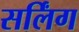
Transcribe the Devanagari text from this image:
सर्लिंग